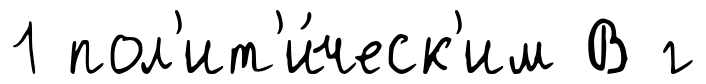
1 пол'ит'и́ческ'им В г